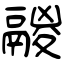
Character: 鬷